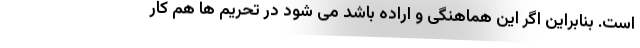
است. بنابراین اگر این هماهنگی و اراده باشد می شود در تحریم ها هم کار